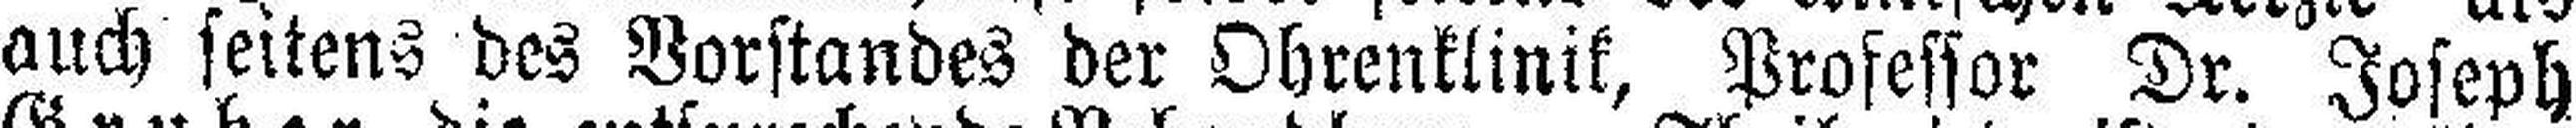
auch seitens des Vorstandes der Ohrenklinik, Professor Dr. Joseph